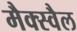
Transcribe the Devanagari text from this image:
मैक्स्वैल